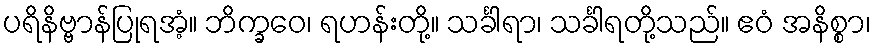
ပရိနိဗ္ဗာန်ပြုရအံ့။ ဘိက္ခဝေ၊ ရဟန်းတို့။ သင်္ခါရာ၊ သင်္ခါရတို့သည်။ ဧဝံ အနိစ္စာ၊